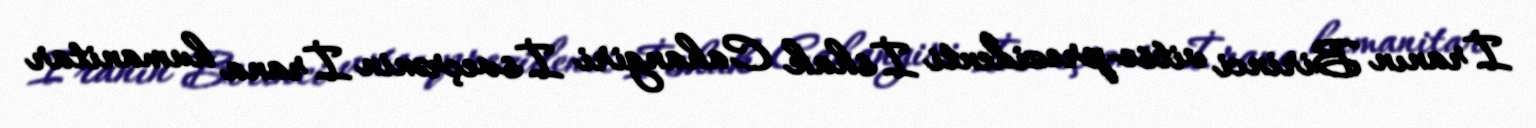
İranın Birinci vitse-prezidenti İshak Cahangiri İsveçrənin İrana humanitar